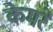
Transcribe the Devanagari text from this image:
केमरे